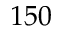
1 5 0